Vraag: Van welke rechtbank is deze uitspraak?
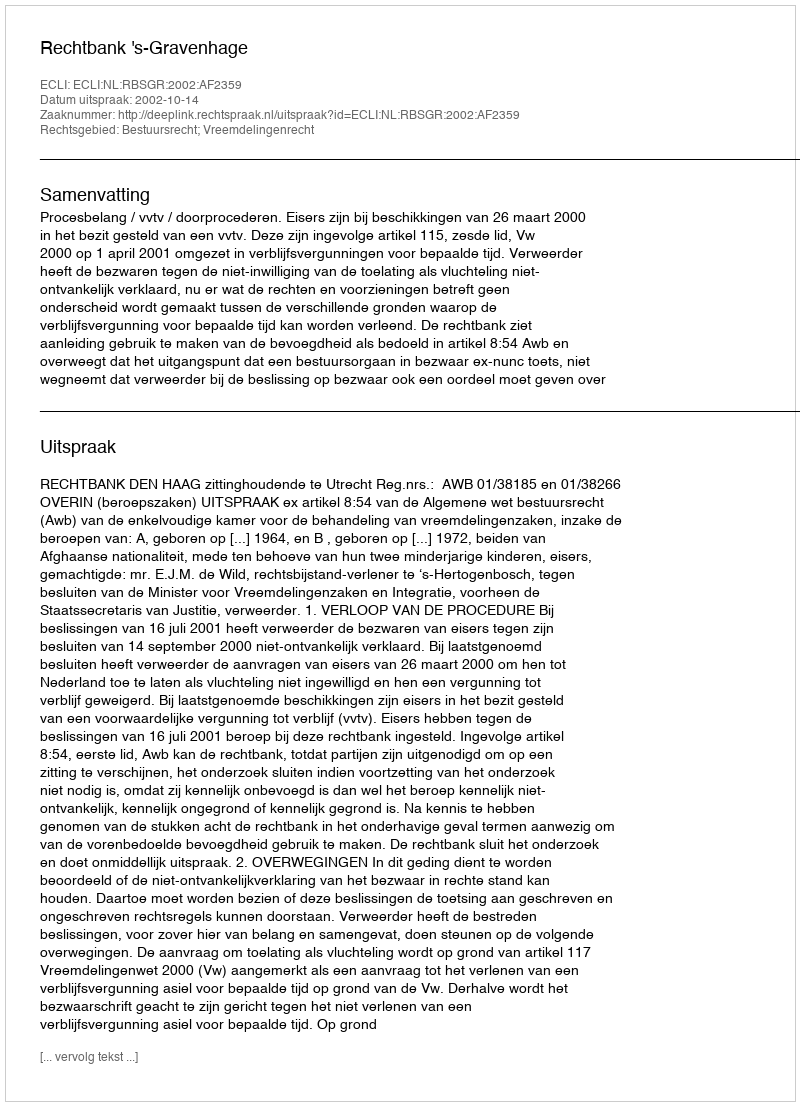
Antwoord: Rechtbank 's-Gravenhage